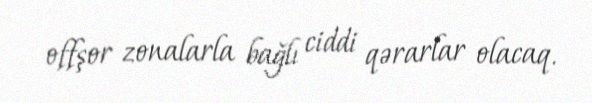
offşor zonalarla bağlı ciddi qərarlar olacaq.